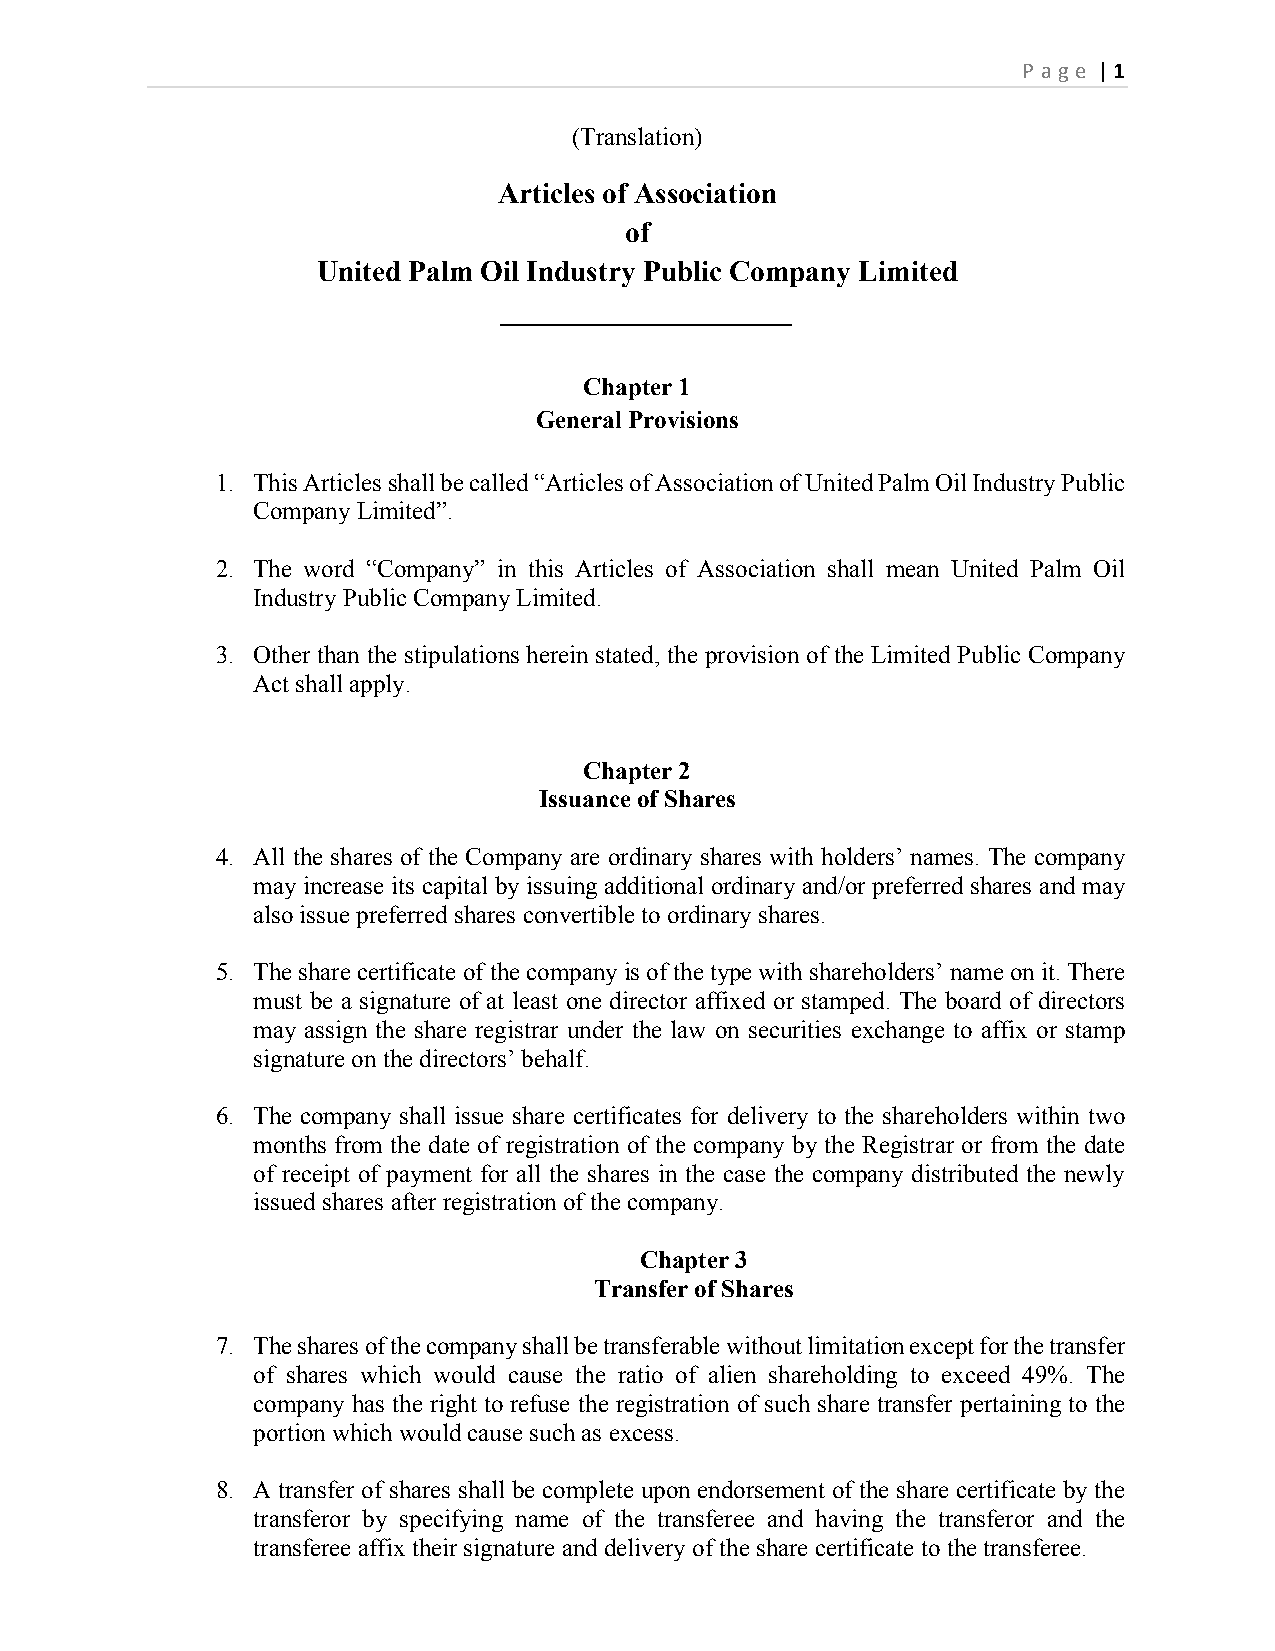
P age | 1
 (Translation)
 Articles of Association
 of
 United Palm Oil Industry Public Company Limited
 Chapter 1
 General Provisions
 1. This Articles shall be called “Articles of Association of United Palm Oil Industry Public
 Company Limited”.
 2. The word “Company” in this Articles of Association shall mean United Palm Oil
 Industry Public Company Limited.
 3. Other than the stipulations herein stated, the provision of the Limited Public Company
 Act shall apply.
 Chapter 2
 Issuance of Shares
 4. All the shares of the Company are ordinary shares with holders’ names. The company
 may increase its capital by issuing additional ordinary and/or preferred shares and may
 also issue preferred shares convertible to ordinary shares.
 5. The share certificate of the company is of the type with shareholders’ name on it. There
 must be a signature of at least one director affixed or stamped. The board of directors
 may assign the share registrar under the law on securities exchange to affix or stamp
 signature on the directors’ behalf.
 6. The company shall issue share certificates for delivery to the shareholders within two
 months from the date of registration of the company by the Registrar or from the date
 of receipt of payment for all the shares in the case the company distributed the newly
 issued shares after registration of the company.
 Chapter 3
 Transfer of Shares
 7. The shares of the company shall be transferable without limitation except for the transfer
 of shares which would cause the ratio of alien shareholding to exceed 49%. The
 company has the right to refuse the registration of such share transfer pertaining to the
 portion which would cause such as excess.
 8. A transfer of shares shall be complete upon endorsement of the share certificate by the
 transferor by specifying name of the transferee and having the transferor and the
 transferee affix their signature and delivery of the share certificate to the transferee.